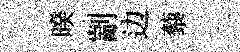
暌剬边藜